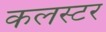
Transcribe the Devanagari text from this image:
कलस्टर